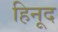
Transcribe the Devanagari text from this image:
हिनूद